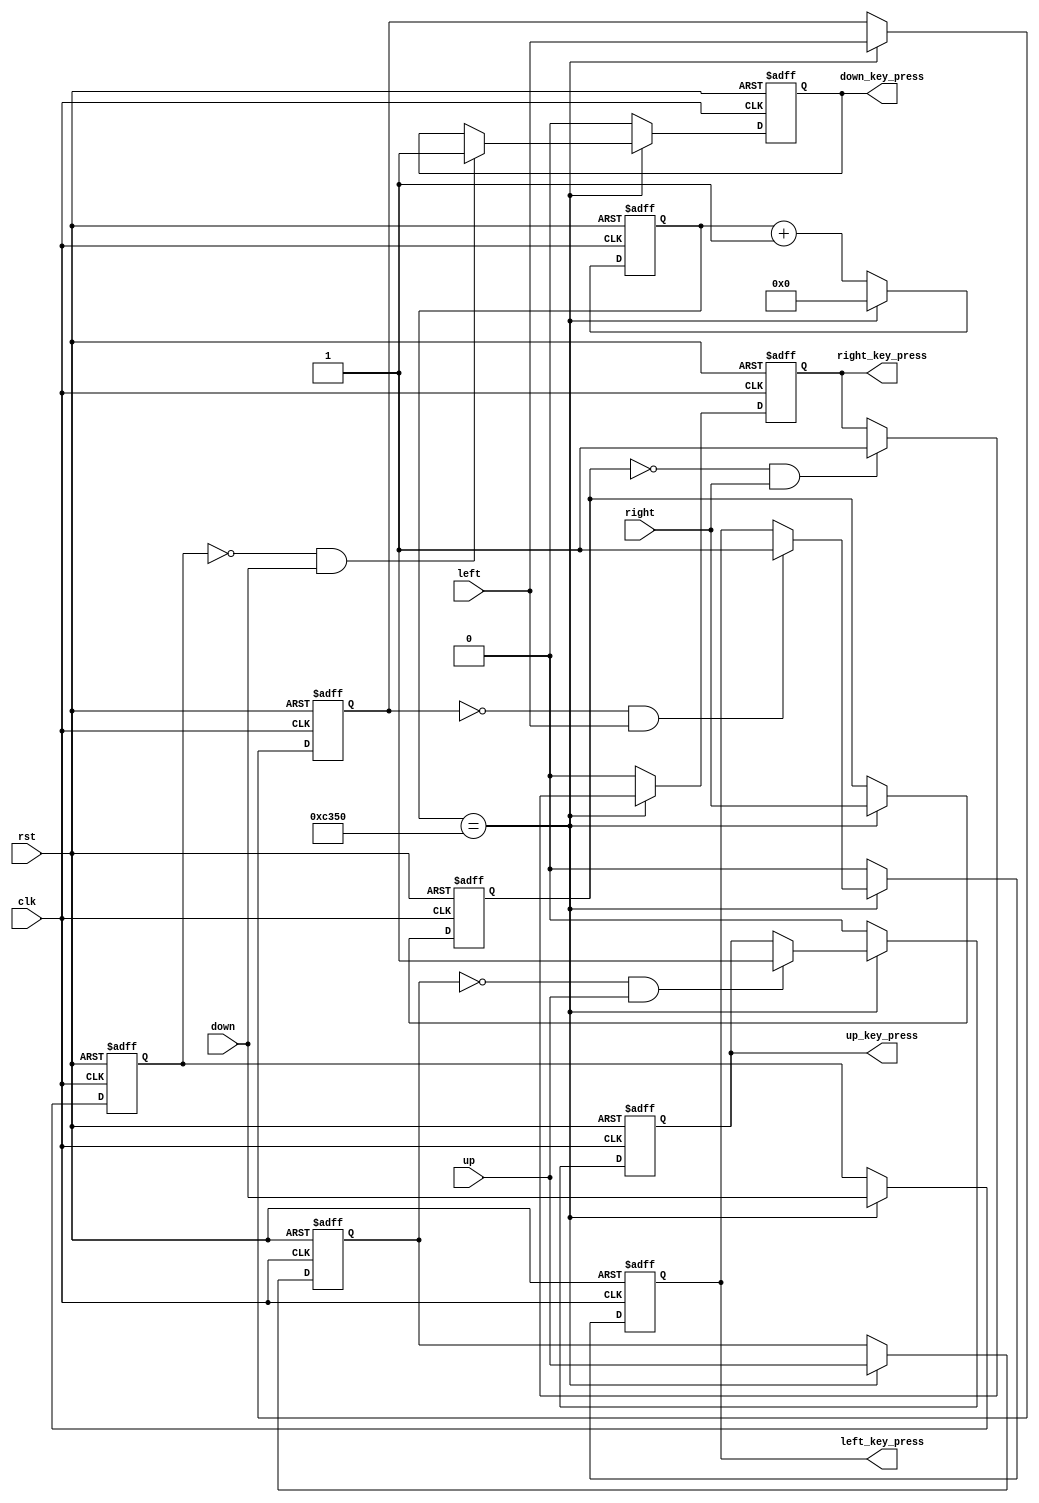
// 
	module Key
(	input clk,
	input rst,
	
	input left,
	input right,
	input up,
	input down,
	
	output reg left_key_press,
	output reg right_key_press,
	output reg up_key_press,
	output reg down_key_press
);

	reg [31:0]clk_cnt;
	reg left_key_last;
	reg right_key_last;
	reg up_key_last;
	reg down_key_last;
	
	always@(posedge clk or negedge rst) begin
		if(!rst) begin
			clk_cnt <= 0;
			left_key_press <= 0;
			right_key_press <= 0;
			up_key_press <= 0;
			down_key_press <= 0;
					
			left_key_last <= 0;
			right_key_last <= 0;
			up_key_last <= 0;
			down_key_last <= 0;					
		end	
		else begin
			if(clk_cnt == 5_0000) begin
				clk_cnt <= 0;
				left_key_last <= left;
				right_key_last <= right;
				up_key_last <= up;
				down_key_last <= down;
					
				if(left_key_last == 0 && left == 1) 
					left_key_press <= 1;
				if(right_key_last == 0 && right == 1)
					right_key_press <= 1;
				if(up_key_last == 0 && up == 1)
					up_key_press <= 1;
				if(down_key_last == 0 && down == 1)
					down_key_press <= 1;
			end						
			else begin
				clk_cnt <= clk_cnt + 1;
				left_key_press <= 0;
				right_key_press <= 0;
				up_key_press <= 0;
				down_key_press <= 0;
			end
		end	
	end				
endmodule